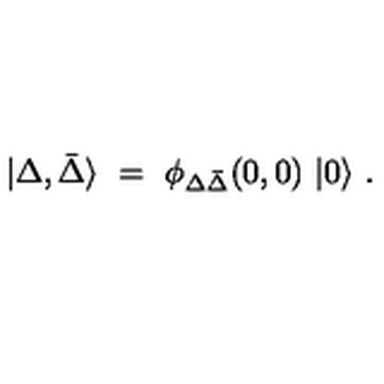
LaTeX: \vert \Delta , \bar { \Delta } \rangle \ = \ \phi _ { \Delta \bar { \Delta } } ( 0 , 0 ) \ \vert 0 \rangle \ .